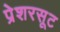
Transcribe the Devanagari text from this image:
प्रेशरसूट